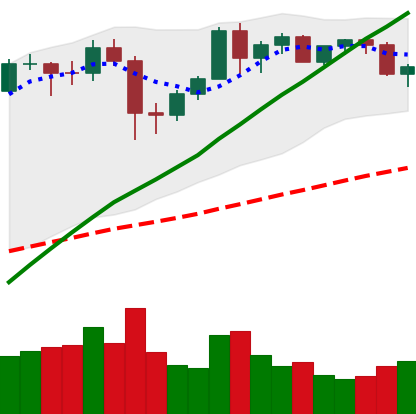
Ticker: BTC-USD
Chart end date: 2020-12-09
Forward return: 3.734%
Label: up_3_5